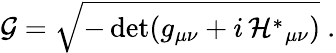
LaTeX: {\cal G}=\sqrt{-\operatorname*{det}(g_{\mu\nu}+i\, {\cal H}^{*}{}_{\mu\nu})}\ .